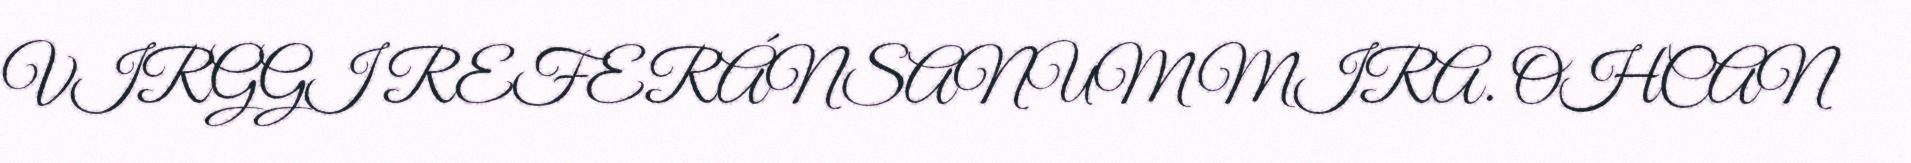
VIRGGI REFERÁNSANUMMIRA. OHCAN